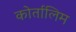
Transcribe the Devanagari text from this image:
कोर्तालिम